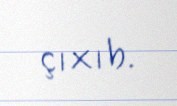
çıxıb.